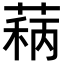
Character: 𬝦